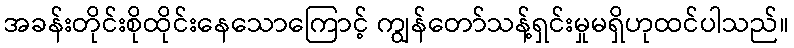
အခန်းတိုင်းစိုထိုင်းနေသောကြောင့် ကျွန်တော်သန့်ရှင်းမှုမရှိဟုထင်ပါသည်။